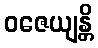
ဝဇေယျန္တိ